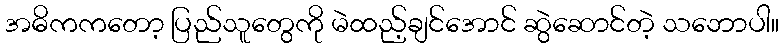
အဓိကကတော့ ပြည်သူတွေကို မဲထည့်ချင်အောင် ဆွဲဆောင်တဲ့ သဘောပါ။